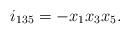
LaTeX: \begin{align*} i_{135} = -x_1x_3x_5.\end{align*}